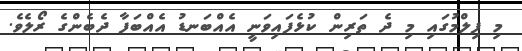
މި ފިލްމުގައި މި ދެ ތަރިން ކުޅެފައިވަނީ އެއްބަނޑު އެއްބަފާ ދެބެންގެ ރޯލެވެ.